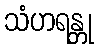
သံဟရန္တု